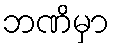
ဘဏိမှာ